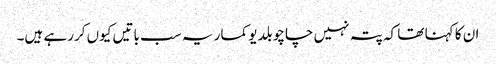
ان کا کہنا تھا کہ پتہ نہیں چاچو بلدیو کمار یہ سب باتیں کیوں کررہے ہیں۔